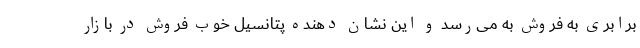
برابری به فروش به می‌رسد و این نشان دهنده پتانسیل خوب فروش در بازار